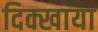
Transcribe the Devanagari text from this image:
दिक्खाया